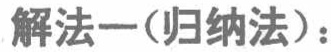
解法一(归纳法)：